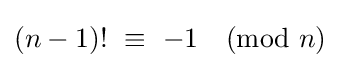
(n-1)!\ \equiv \ -1{\pmod {n}}